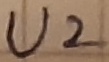
Text: U2